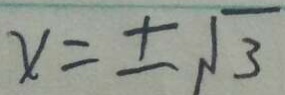
x = \pm \sqrt { 3 }